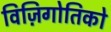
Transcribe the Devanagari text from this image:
विज़िगोतिको